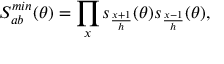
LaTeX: S _ { a b } ^ { m i n } ( \theta ) = \prod _ { x } s _ { \frac { x + 1 } { h } } ( \theta ) s _ { \frac { x - 1 } { h } } ( \theta ) ,